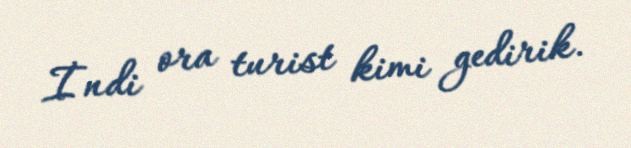
İndi ora turist kimi gedirik.